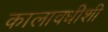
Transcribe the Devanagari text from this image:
कालावधीशी